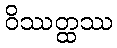
ဝိဿတ္ထဿ